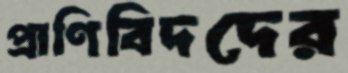
প্রাণিবিদদের